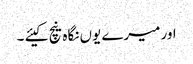
اور میرے یوں نگاہ نیچ کیئے ۔